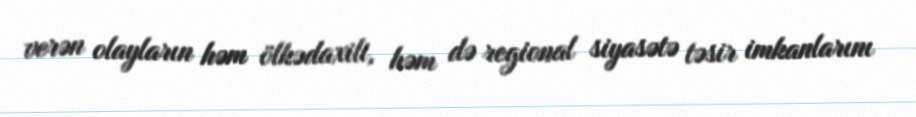
verən olayların həm ölkədaxili, həm də regional siyasətə təsir imkanlarını